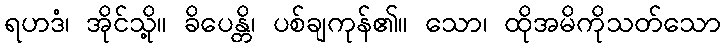
ရဟဒံ၊ အိုင်သို့။ ခိပေန္တိ၊ ပစ်ချကုန်၏။ သော၊ ထိုအမိကိုသတ်သော